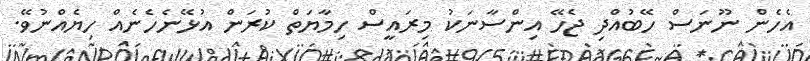
އެހެން ނޫނަސް ހޭބުއްދި ޖެހޭ އިންސާނަކު މިރައީސް ހިމާޔަތް ކުރަން އުޅޭނެހެނެއް ހިޔެއްނުވޭ.